Annual report on the Civil Veterinary Department, Burma (including the Insein Veterinary School) - 1923-1931
Year: 1923
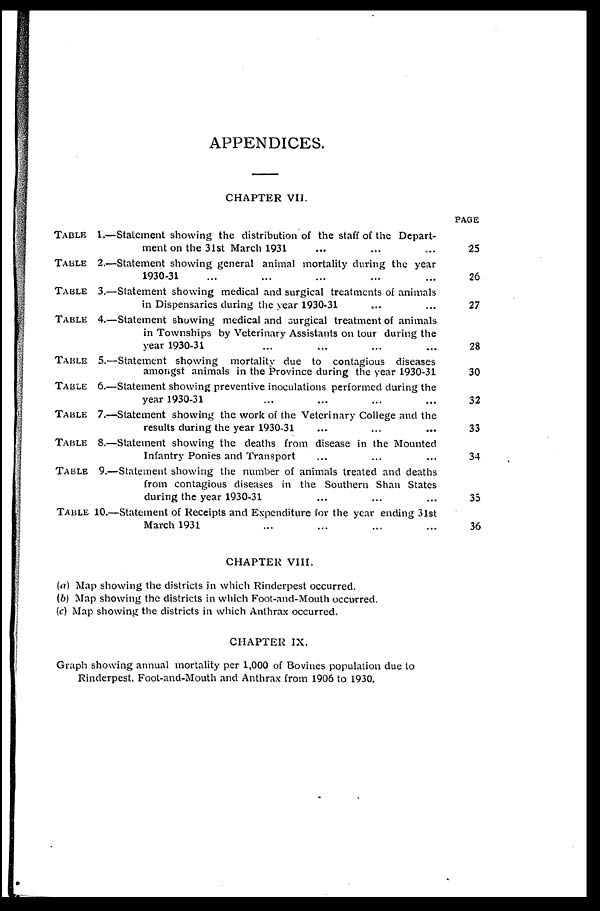
APPENDICES.
CHAPTER VII.
TABLE 1.—Statement showing the distribution of the staff of the Depart-
ment on the 31st March 1931 ... ... ...
TABLE 2.—Statement showing general animal mortality during the year
1930-31 ... ... ... ... ...
TABLE 3.—Statement showing medical and surgical treatments of animals
in Dispensaries during the year 1930-31 ... ...
TABLE 4.—Statement showing medical and surgical treatment of animals
in Townships by Veterinary Assistants on tour during the
year 1930-31 ... ... ... ...
TABLE 5.—Statement showing mortality due to contagious diseases
amongst animals in the Province during the year 1930-31
TABLE 6.—Statement showing preventive inoculations performed during the
year 1930-31 ... ... ... ...
TABLE 7.—Statement showing the work of the Veterinary College and the
results during the year 1930-31 ... ... ...
TABLE 8.—Statement showing the deaths from disease in the Mounted
Infantry Ponies and Transport ... ... ...
TABLE 9.—Statement showing the number of animals treated and deaths
from contagious diseases in the Southern Shan States
during the year 1930-31 ... ... ...
TABLE 10.—Statement of Receipts and Expenditure for the year ending 31st
March 1931 ... ... ... ...
CHAPTER VIII.
(a) Map showing the districts in which Rinderpest occurred.
(b) Map showing the districts in which Foot-and-Mouth occurred.
(c) Map showing the districts in which Anthrax occurred.
CHAPTER IX.
Graph showing annual mortality per 1,000 of Bovines population due to
Rinderpest, Foot-and-Mouth and Anthrax from 1906 to 1930.
PAGE
25
26
27
28
30
32
33
34
35
36